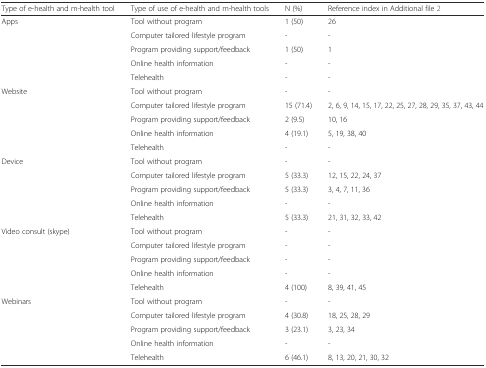
<table><thead><tr><td><b>Type of e-health and m-health tool</b></td><td><b>Type of use of e-health and m-health tools</b></td><td><b>N (%)</b></td><td><b>Reference index in Additional file 2</b></td></tr></thead><tbody><tr><td rowspan="5">Apps</td><td>Tool without program</td><td>1 (50)</td><td>26</td></tr><tr><td>Computer tailored lifestyle program</td><td>-</td><td>-</td></tr><tr><td>Program providing support/feedback</td><td>1 (50)</td><td>1</td></tr><tr><td>Online health information</td><td>-</td><td>-</td></tr><tr><td>Telehealth</td><td>-</td><td>-</td></tr><tr><td rowspan="5">Website</td><td>Tool without program</td><td>-</td><td>-</td></tr><tr><td>Computer tailored lifestyle program</td><td>15 (71.4)</td><td>2, 6, 9, 14, 15, 17, 22, 25, 27, 28, 29, 35, 37, 43, 44</td></tr><tr><td>Program providing support/feedback</td><td>2 (9.5)</td><td>10, 16</td></tr><tr><td>Online health information</td><td>4 (19.1)</td><td>5, 19, 38, 40</td></tr><tr><td>Telehealth</td><td>-</td><td>-</td></tr><tr><td rowspan="5">Device</td><td>Tool without program</td><td>-</td><td>-</td></tr><tr><td>Computer tailored lifestyle program</td><td>5 (33.3)</td><td>12, 15, 22, 24, 37</td></tr><tr><td>Program providing support/feedback</td><td>5 (33.3)</td><td>3, 4, 7, 11, 36</td></tr><tr><td>Online health information</td><td>-</td><td>-</td></tr><tr><td>Telehealth</td><td>5 (33.3)</td><td>21, 31, 32, 33, 42</td></tr><tr><td rowspan="5">Video consult (skype)</td><td>Tool without program</td><td>-</td><td>-</td></tr><tr><td>Computer tailored lifestyle program</td><td>-</td><td>-</td></tr><tr><td>Program providing support/feedback</td><td>-</td><td>-</td></tr><tr><td>Online health information</td><td>-</td><td>-</td></tr><tr><td>Telehealth</td><td>4 (100)</td><td>8, 39, 41, 45</td></tr><tr><td rowspan="5">Webinars</td><td>Tool without program</td><td>-</td><td>-</td></tr><tr><td>Computer tailored lifestyle program</td><td>4 (30.8)</td><td>18, 25, 28, 29</td></tr><tr><td>Program providing support/feedback</td><td>3 (23.1)</td><td>3, 23, 34</td></tr><tr><td>Online health information</td><td>-</td><td>-</td></tr><tr><td>Telehealth</td><td>6 (46.1)</td><td>8, 13, 20, 21, 30, 32</td></tr></tbody></table>